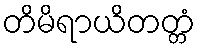
တိမိရာယိတတ္တံ